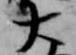
大